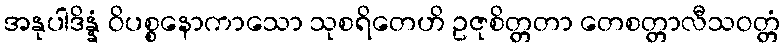
အနုပါဒိန္နံ ဝိပစ္စနောကာသော သုစရိတေဟိ ဥဇုစိတ္တတာ တေစတ္တာလီသဝတ္တံ